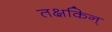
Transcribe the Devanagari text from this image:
तक्षकिन्